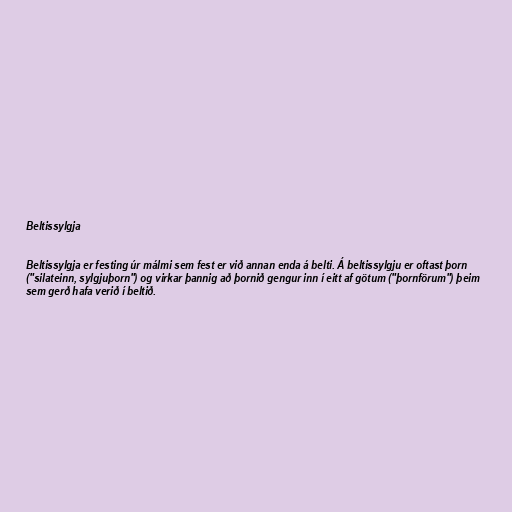
Beltissylgja

Beltissylgja er festing úr málmi sem fest er við annan enda á belti. Á beltissylgju er oftast þorn
("silateinn, sylgjuþorn") og virkar þannig að þornið gengur inn í eitt af götum ("þornförum") þeim
sem gerð hafa verið í beltið.